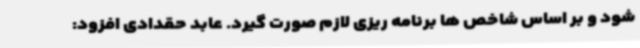
شود و بر اساس شاخص ها برنامه ریزی لازم صورت گیرد. عابد حقدادی افزود: